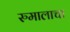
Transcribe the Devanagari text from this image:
रुमालाचा